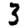
Digit: 3